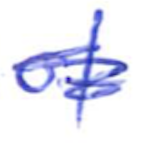
Text: of
Cross-out: scratch
Writing tool: ballpoint